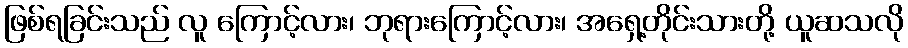
ဖြစ်ရခြင်းသည် လူ ကြောင့်လား၊ ဘုရားကြောင့်လား၊ အရှေ့တိုင်းသားတို့ ယူဆသလို